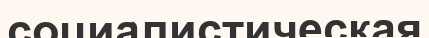
социалистическая